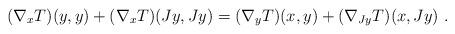
LaTeX: \begin{align*} (\nabla_xT)(y,y) +(\nabla_xT)(Jy,Jy)=(\nabla_yT)(x,y) +(\nabla_{Jy}T)(x,Jy) \ . \end{align*}